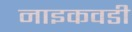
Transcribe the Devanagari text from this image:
नाइकवडी